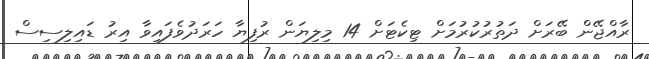
ރާއްޖޭން ބޭރަށް ދަތުރުކުރުމަށް ޓިކެޓަށް 14 މިލިޔަން ރުފިޔާ ހަރަދުވެފައިވާ އިރު ޑައިލިސިސް